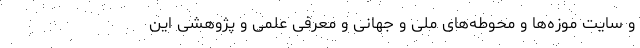
و سایت موزه‌ها و محوطه‌های ملی و جهانی و معرفی علمی و پژوهشی این